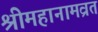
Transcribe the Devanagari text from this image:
श्रीमहानामव्रत